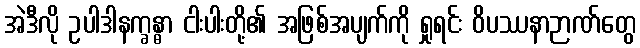
အဲဒီလို ဥပါဒါနက္ခန္ဓာ ငါးပါးတို့၏ အဖြစ်အပျက်ကို ရှုရင်း ဝိပဿနာဉာဏ်တွေ